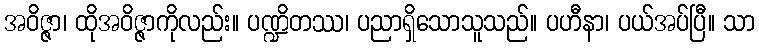
အဝိဇ္ဇာ၊ ထိုအဝိဇ္ဇာကိုလည်း။ ပဏ္ဍိတဿ၊ ပညာရှိသောသူသည်။ ပဟီနာ၊ ပယ်အပ်ပြီ။ သာ